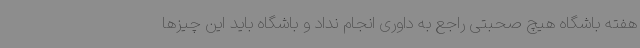
هفته باشگاه هیچ صحبتی راجع به داوری انجام نداد و باشگاه باید این چیزها